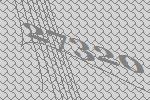
27320